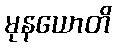
မုနယောတိ